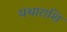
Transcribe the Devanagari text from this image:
यथाराशि